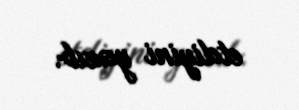
etdiyini yazıb.